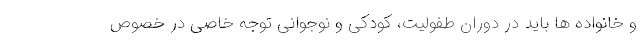
و خانواده ها باید در دوران طفولیت، کودکی و نوجوانی توجه خاصی در خصوص